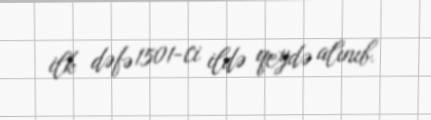
ilk dəfə 1501-ci ildə qeydə alınıb.